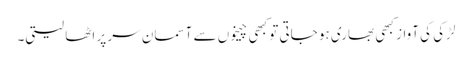
لڑکی کی آواز کبھی بھاری ہو جاتی تو کبھی چیخوں سے آسمان سر پر اٹھا لیتی۔